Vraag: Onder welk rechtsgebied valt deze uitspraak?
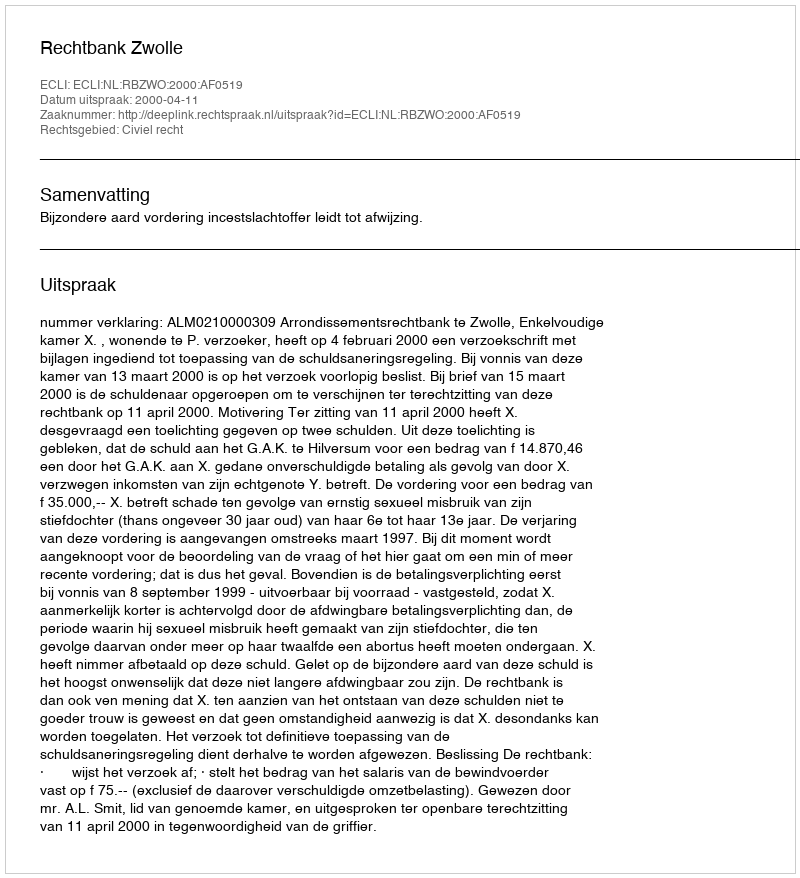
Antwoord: Civiel recht